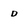
Character: d